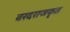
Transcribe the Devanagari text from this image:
वरदराजकृत